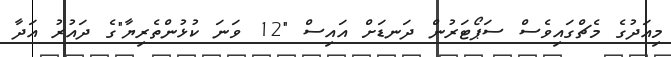
މިއަދުގެ މެޗްގައިވެސް ސަޕޯޓަރުން ދަނޑަށް އައިސް "12 ވަނަ ކުޅުންތެރިޔާ"ގެ ދައުރު އަދާ